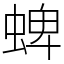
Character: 蜱